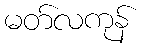
မတ်လကုန်